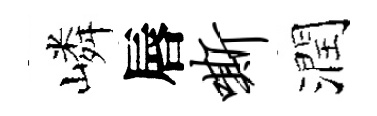
嶙唇嘶潤